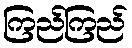
ကြည်ကြည်